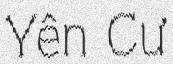
Yên Cư